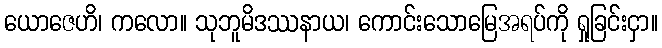
ယောဇေဟိ၊ ကလော။ သုဘူမိဒဿနာယ၊ ကောင်းသောမြေအရပ်ကို ရှုခြင်းငှာ။